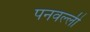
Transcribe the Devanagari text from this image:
पनवल्ली